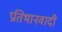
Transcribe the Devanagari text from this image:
प्रतिभानवादी